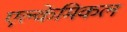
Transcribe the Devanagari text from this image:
एल्केमिकल